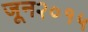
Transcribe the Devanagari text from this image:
जून२०१५